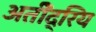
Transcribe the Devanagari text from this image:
अतीेंद्रिय